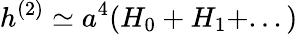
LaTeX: h^{(2)}\simeq a^{4}(H_{0}+H_{1}+...)